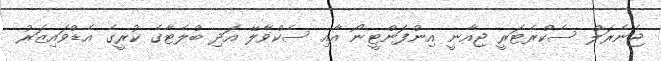
ޖެނެރަލް ސެކްރެޓަރީ ޖިއާނީ އިންފަންޓީނޯ އާއި ސެކްވާލޭ އަދި ބްލެޓާގެ ކުރީގެ އެޑްވައިޒަރު